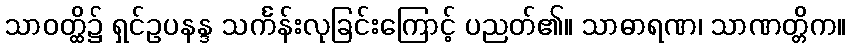
သာဝတ္ထိ၌ ရှင်ဥပနန္ဒ သင်္ကန်းလုခြင်းကြောင့် ပညတ်၏။ သာဓာရဏ၊ သာဏတ္တိက။